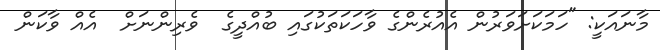
މާނައަކީ: "ހަމަކަށަވަރުން އެއުރެންގެ ވާހަކަތަކުގައި ބުއްދީގެ  ވެރިންނަށް  އެއް ވާކަން